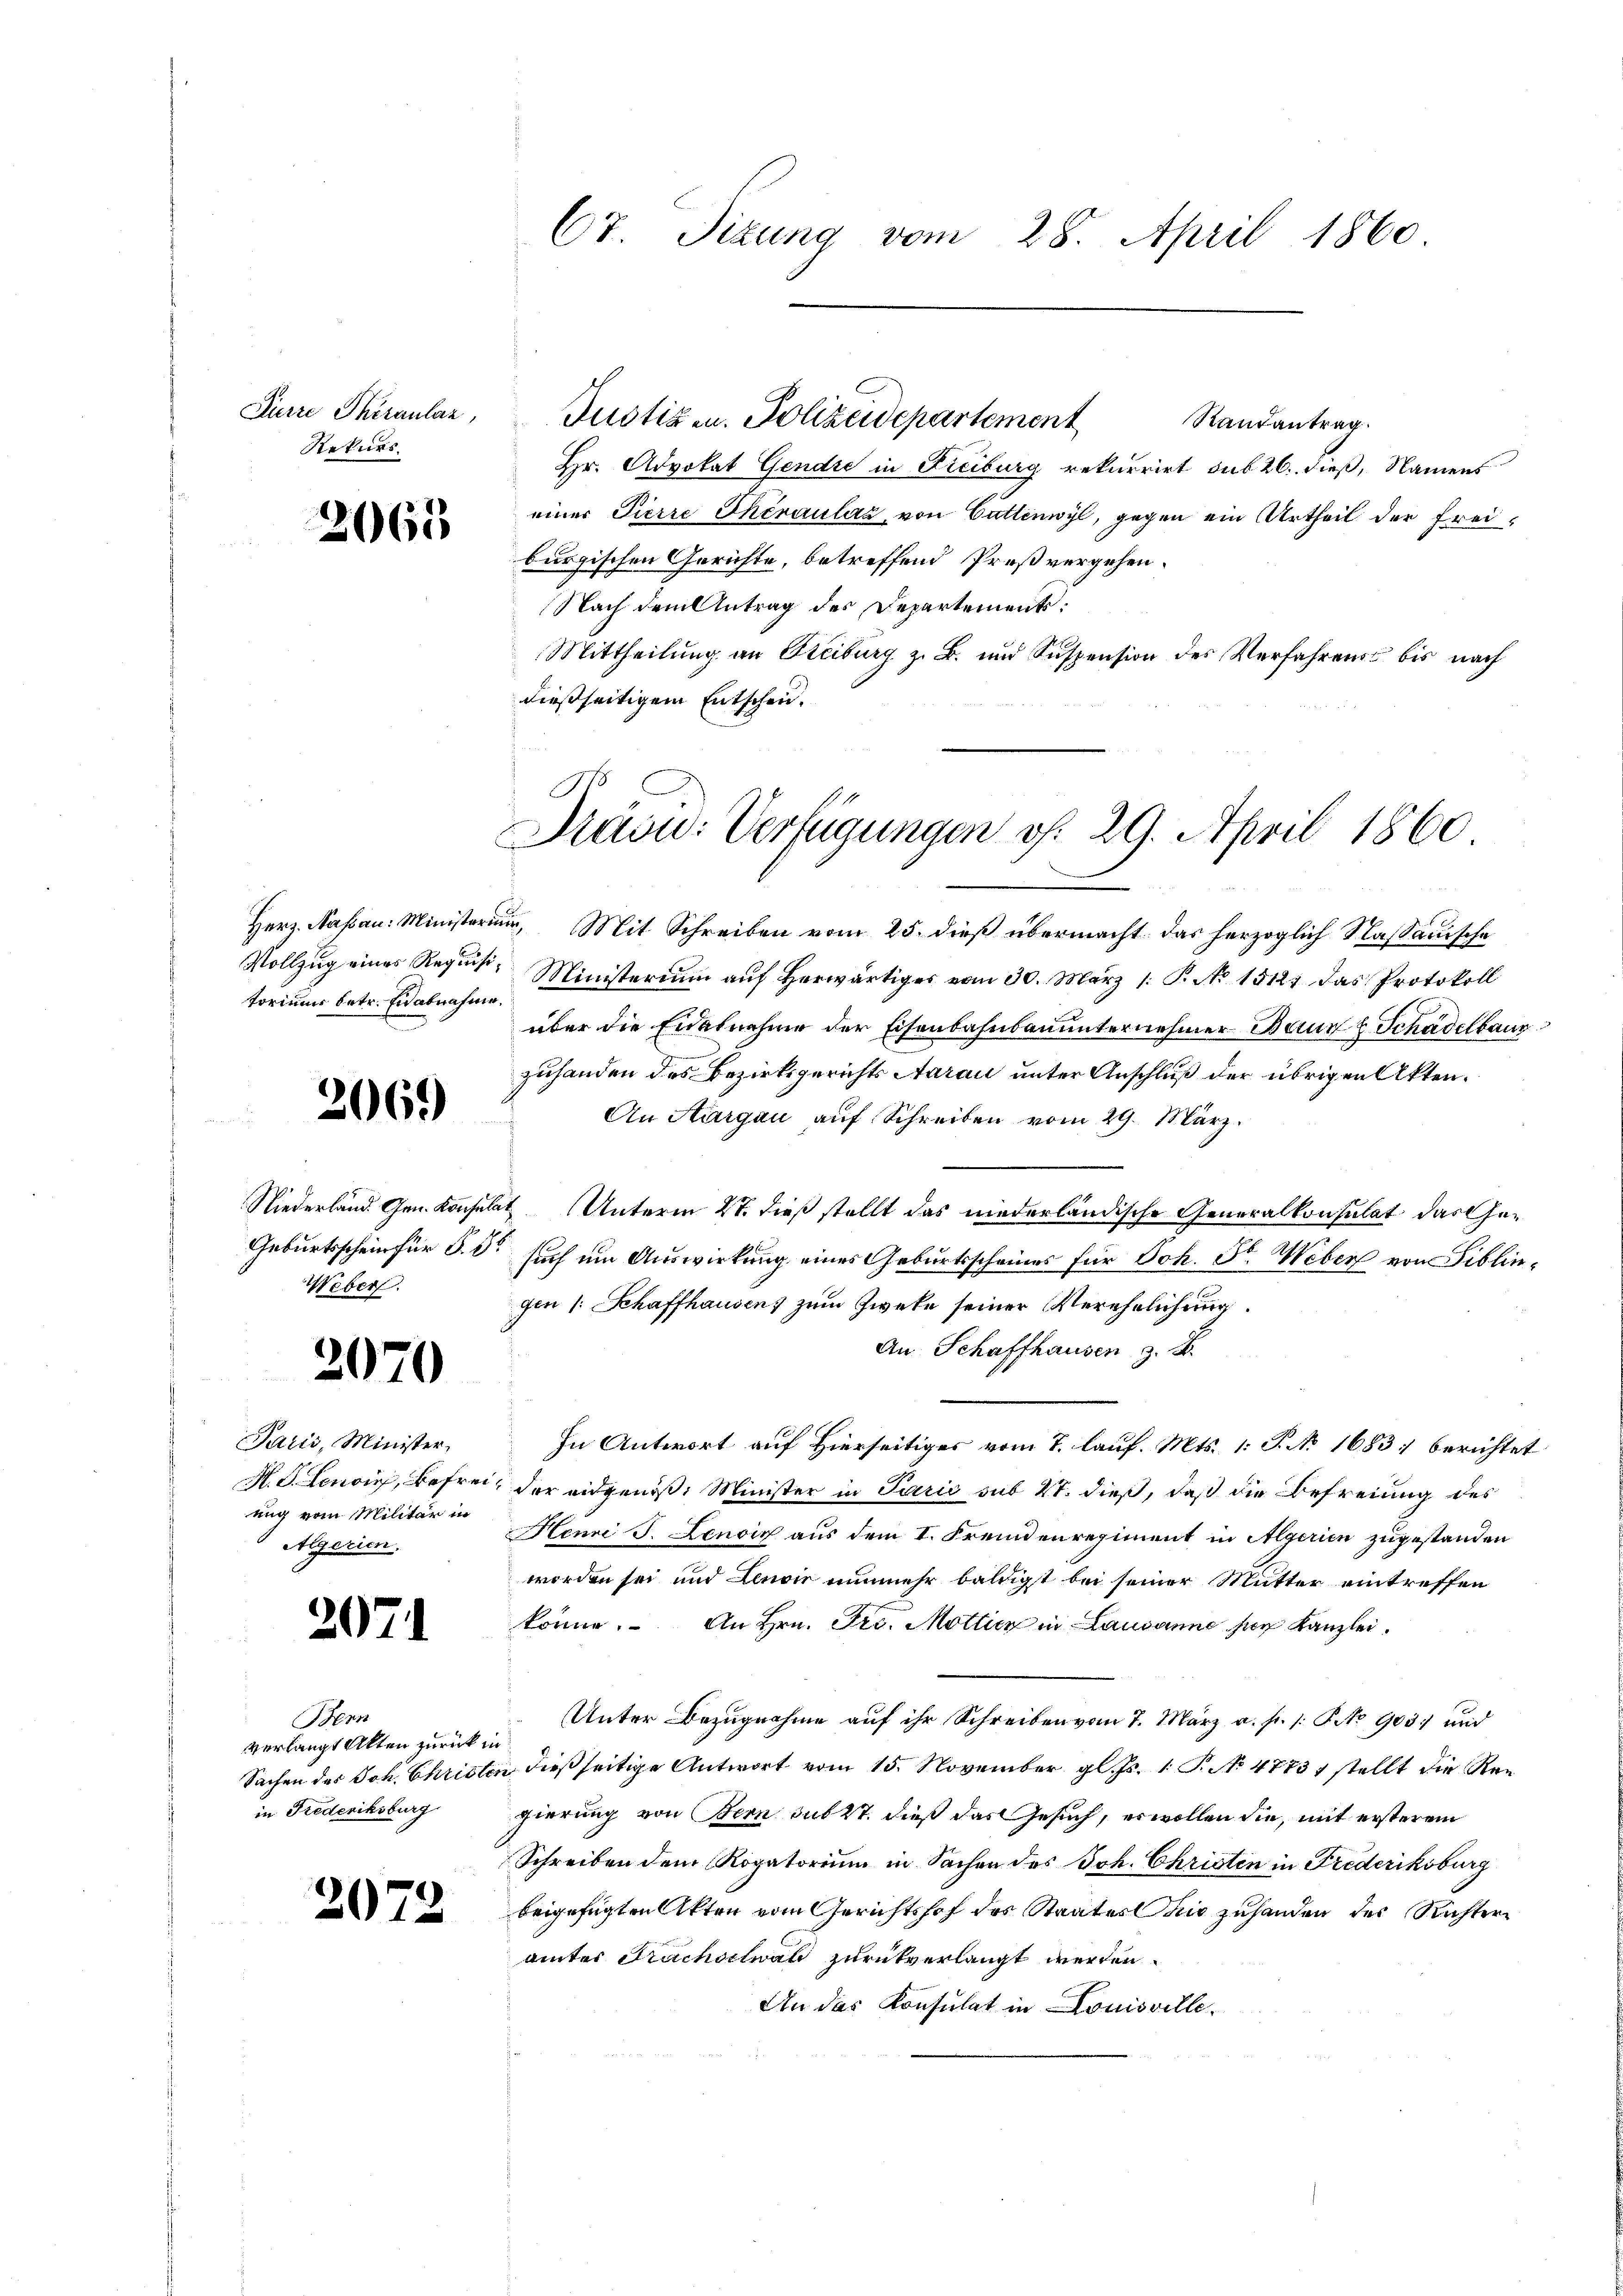
Kürze Theranlaz,
Rekurs

2063

Vollzug eines Requisitorium betr. Er abnahme

3069)

Niederland. Gen. Konsul
Geburtsschein für 5. 1
Weber

)

2071

207.

2070

Paris, Minister,
H. S. Leno, Befreiung vom Militär in
Algerien.

Bern
verlangt Akten zurück u
Sachen des Joh. Christer
in Frederiksburg

e

Randantrag.
Hr. Advokat Gendre in Freiburg rekurrirt sub 26. dieß, Namens
einer Pierre Theraulaz, von Gattinwyl, gegen ein Urtheil der Freiburgischen Gerichte, betreffend Proßvergehen.
Nach dem Antrag des Departement:
Mittheilung an Steiburg z. B. und Suspension des Verfahrens bis nach
dießseitigem Entschen.

G

Ct. Sizung vom 28. April 1860

Justiz u. Polizeidepartement

Präsu: Verfügungen v. 29. April 1860

Herz. Nassau: Ministerium, Mit Schreiben vom 25. dieß übermacht das herzoglich Kassauische
Ministerium auf herwärtiges vom 30. März 1. P. No. 15121. das Protokoll
über die Eidesnahme der Eisenbahnbauunternehmer Baur & Schadelbaur
zuhanden des Bezirksgerichts Aarau unter Anschluß der übrigen Akten.
An Aargau auf Schreiben vom 29. März.
 Unterm 27. dieß stellt das niederländische Generalkonsulat das Gesuch um Auswirkung eines Geburtsscheines für Joh. St. Weber von Siblingen /: Schaffhausen) zum Zweke seiner Verehelichung.
An Schaffhausen z. B.
1
In Antwort auf Hierseitiger vom 7. lauf. Mts. 1: P. N. 1683 berichtet
der eidgenöß: Minister in Parić sub 27. dieß, daß die Befreiung des
Henni J. Lenoix aus dem I. Fremdenregiment in Algerien zugestanden
worden sei und Lenoir nunmehr baldigst bei seiner Mutter eintreffen
könne. An Hrn. Pro. Motticz in Lausanne hier Kanzlei
Unter Bezugnahme auf ihr Schreiben vom 7. März a. p. /: No 903. und
 dießseitige Antwort vom 15. November gl. Js. 1. P. No 47731 stellt die Regierung von Bern sub 27. dieß das Gesuch, er wollen die, mit ersterem
Schreiben dem Rogatorium in Sachen des Joh. Christen in Frederiksburg
beigefügten Akten vom Gerichtshof des Staates die zuhanden der Richtern
amtes Fruchselwald zurückverlangt werden.
An das Konsulat in Louisville,